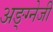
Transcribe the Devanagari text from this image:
अङ्ग्नेजी